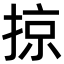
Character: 掠